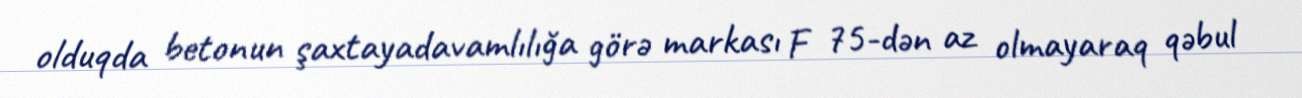
olduqda betonun şaxtayadavamlılığa görə markası F 75-dən az olmayaraq qəbul